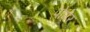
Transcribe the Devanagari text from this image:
पोमेर